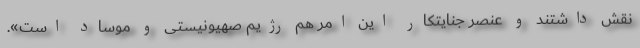
نقش داشتند و عنصر جنایتکار این امر هم رژیم‌ صهیونیستی و موساد است».